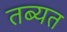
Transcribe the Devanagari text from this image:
तब्यत